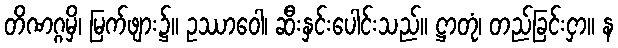
တိဏဂ္ဂမှိ၊ မြက်ဖျား၌။ ဥဿာဝေါ၊ ဆီးနှင်းပေါင်းသည်။ ဋ္ဌာတုံ၊ တည်ခြင်းငှာ။ န